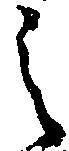
之